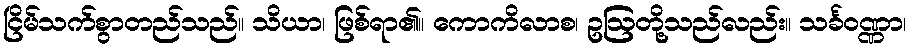
ငြိမ်သက်စွာတည်သည်။ သိယာ၊ ဖြစ်ရာ၏။ ကောကိလာစ၊ ဥဩတို့သည်လည်း။ သင်္ခဝဏ္ဏာ၊